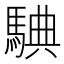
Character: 𩣲